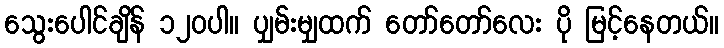
သွေးပေါင်ချိန် ၁၂၀ပါ။ ပျှမ်းမျှထက် တော်တော်လေး ပို မြင့်နေတယ်။